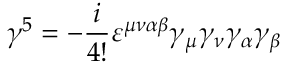
\gamma ^ { 5 } = - { \frac { i } { 4 ! } } \varepsilon ^ { \mu \nu \alpha \beta } \gamma _ { \mu } \gamma _ { \nu } \gamma _ { \alpha } \gamma _ { \beta }